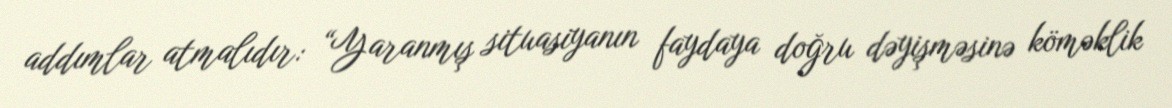
addımlar atmalıdır: “Yaranmış situasiyanın faydaya doğru dəyişməsinə köməklik